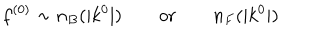
LaTeX: f ^ { ( 0 ) } \sim n _ { B } ( | k ^ { 0 } | ) \qquad \mathrm { o r } \qquad n _ { F } ( | k ^ { 0 } | )